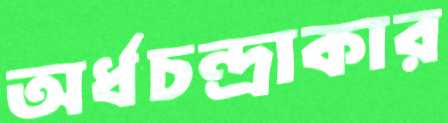
অর্ধচন্দ্রাকার